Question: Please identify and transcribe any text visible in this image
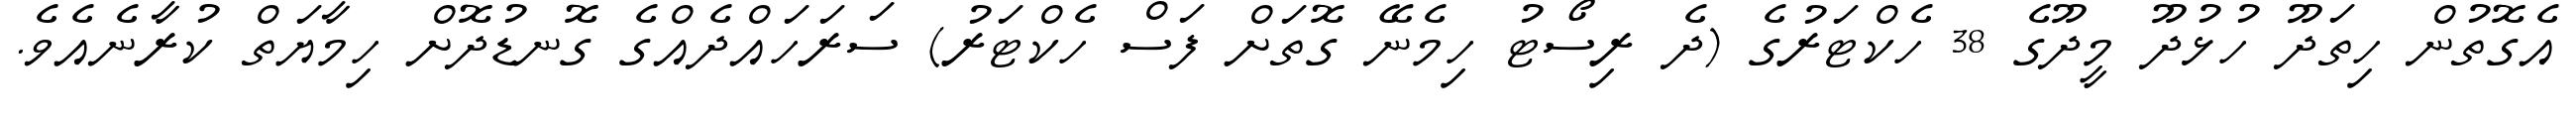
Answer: އެގޮތުން ހިތަދޫ ހުޅުދޫ މީދޫގެ 38 ހެކްޓަރުގެ (ދެ ރިސޯޓު ހިމެނޭ ގޮތަށް ފަސް ހެކްޓަރު) ސަރަހައްދެއްގެ ގޮނޑުދޮށް ހިމާޔަތް ކުރާނެއެވެ.